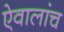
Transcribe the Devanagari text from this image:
ऐवालांच